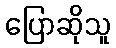
ပြောဆိုသူ